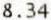
8.34